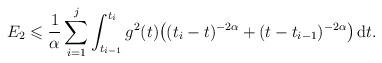
LaTeX: \begin{align*} E_2 \leqslant \frac1\alpha \sum_{i=1}^j \int_{t_{i-1}}^{t_i} g^2(t) \big( (t_i-t)^{-2\alpha} + (t-t_{i-1})^{-2\alpha} \big) \, \mathrm{d}t. \end{align*}